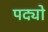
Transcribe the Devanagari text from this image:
पद्यो